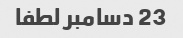
23 دسامبر لطفا